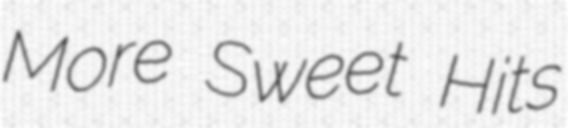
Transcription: More Sweet Hits